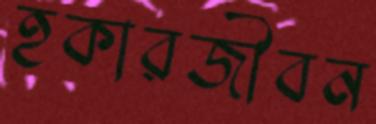
হকারজীবন